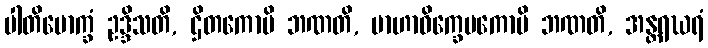
ပါတိမောက္ခံ ဥဒ္ဒိသတိ, ဌိတကောပိ ဘဏတိ, ဗာဟာဝိက္ခေပကောပိ ဘဏတိ, အန္တရဃရံ